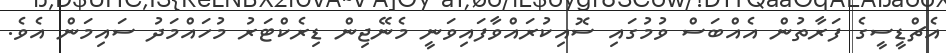
އެޗްޑީސީގެ ފަރާތުން އެއްބަސް ވުމުގައި ސޮއިކުރައްވާފައިވަނީ މެނޭޖިން ޑިރެކްޓަރު މުހައްމަދު ސައިމަން އެވެ.